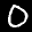
Label: 0